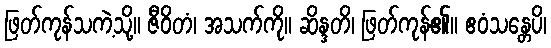
ဖြတ်ကုန်သကဲ့သို့။ ဇီဝိတံ၊ အသက်ကို။ ဆိန္ဒတိ၊ ဖြတ်ကုန်၏။ ဧဝံသန္တေပိ၊